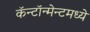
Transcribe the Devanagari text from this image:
कॅन्टॉन्मेन्टमध्ये